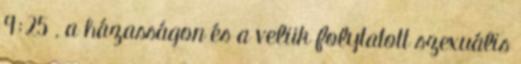
9:25 , a házasságon és a velük folytatott szexuális